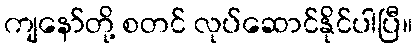
ကျနော်တို့ စတင် လုပ်ဆောင်နိုင်ပါပြီ။